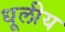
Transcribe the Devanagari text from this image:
धूलीय